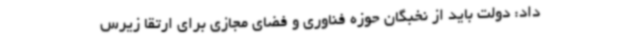
داد: دولت باید از نخبگان حوزه فناوری و فضای مجازی برای ارتقا زیرس